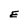
Character: E